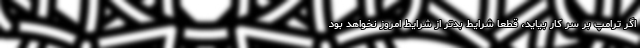
اگر ترامپ بر سر کار بیاید، قطعا شرایط بدتر از شرایط امروز نخواهد بود